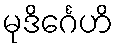
မုဒိင်္ဂေဟိ